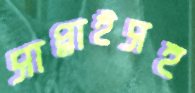
সাপ্লাইসহ